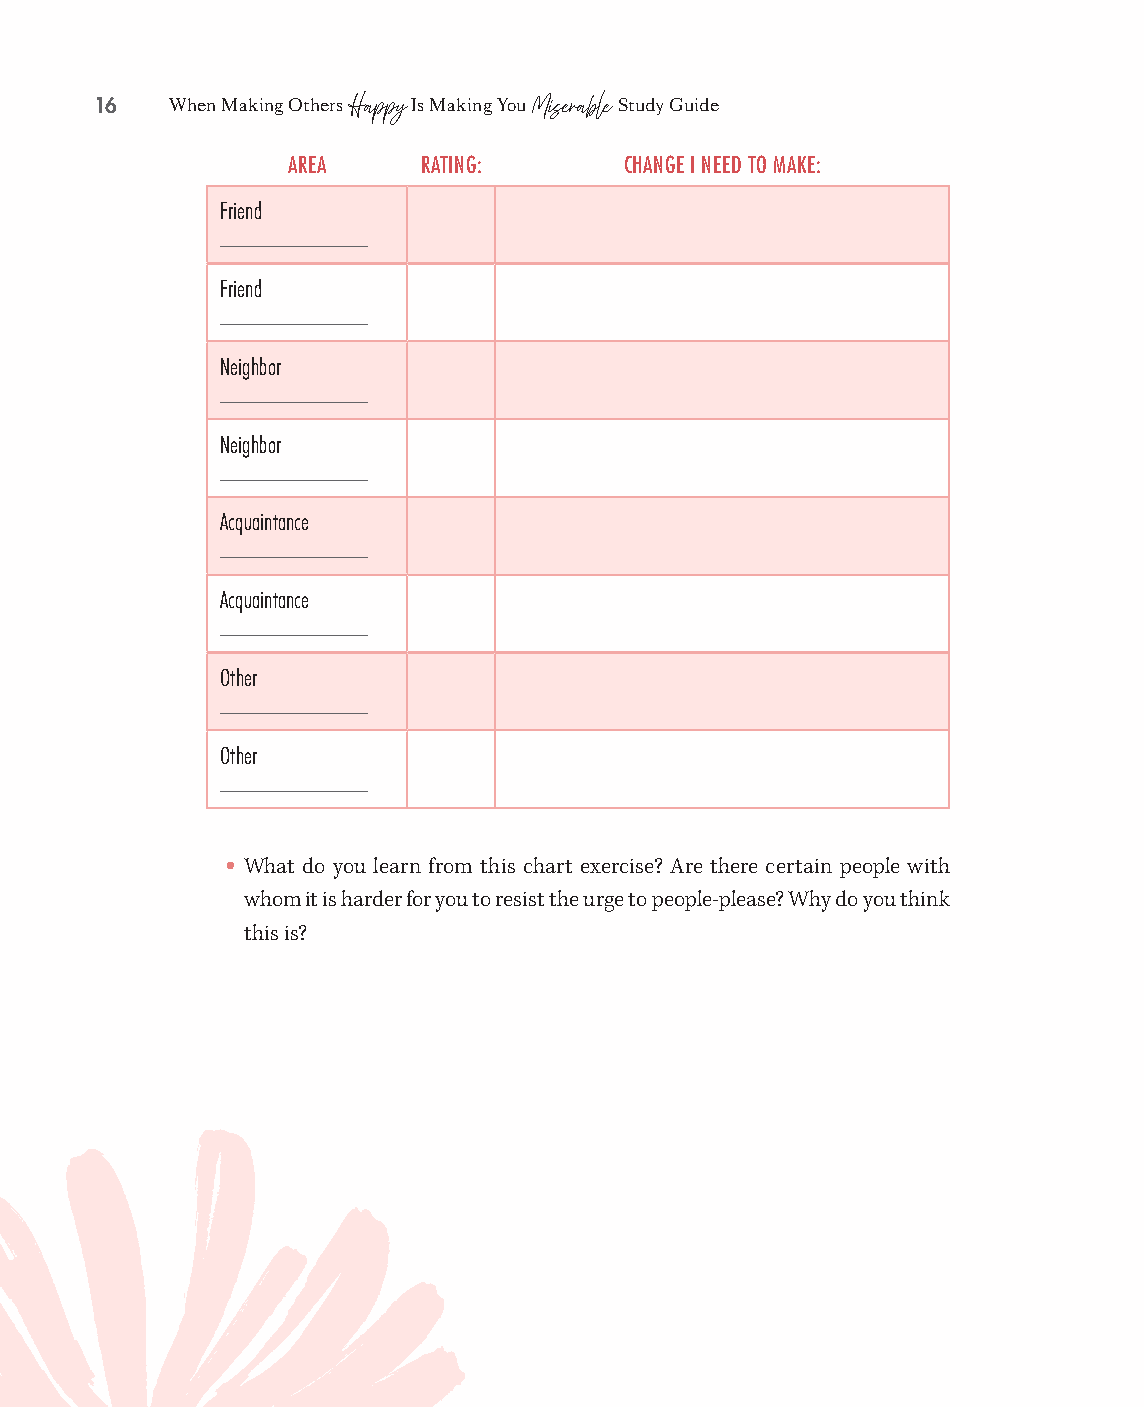
16   When Making Others Is Making You Study Guide
 Happy       Miserable
 AREA     RATING:      CHANGE I NEED TO MAKE:
 Friend
 ________________
 Friend
 ________________
 Neighbor
 ________________
 Neighbor
 ________________
 Acquaintance
 ________________
 Acquaintance
 ________________
 Other
 ________________
 Other
 ________________
 •
 What do you learn from this chart exercise? Are there certain people with
 whom it is harder for you to resist the urge to people- please? Why do you think
 this is?
 99778800331100008822776677__MMaakkiinnggOOtthheerrssHHaappppyySSGG__iinntt__SSCC..iinndddd 1166 1100//1122//2211 11::1177 PPMM